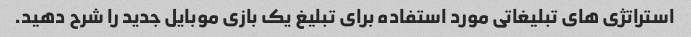
استراتژی های تبلیغاتی مورد استفاده برای تبلیغ یک بازی موبایل جدید را شرح دهید.